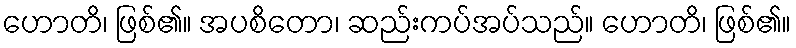
ဟောတိ၊ ဖြစ်၏။ အပစိတော၊ ဆည်းကပ်အပ်သည်။ ဟောတိ၊ ဖြစ်၏။